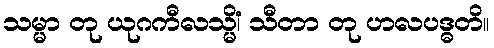
သမ္မာ တု ယုဂကီလသ္မိံ၊ သီတာ တု ဟလပဒ္ဓတိ။